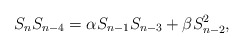
\begin{align*}S_{n}S_{n-4}=\alpha S_{n-1}S_{n-3}+\beta S_{n-2}^2,\end{align*}